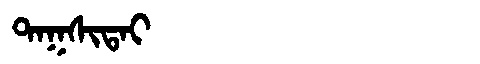
Manchu: ᡨᠠᡴᠰᡳᡨᠠᡳ
Romanization: TAKSITAI